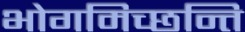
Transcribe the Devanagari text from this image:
भोगमिच्छन्ति